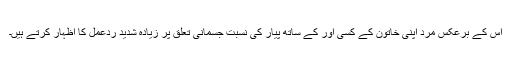
اس کے برعکس مرد اپنی خاتون کے کسی اور کے ساتھ پیار کی نسبت جسمانی تعلق پر زیادہ شدید ردعمل کا اظہار کرتے ہیں۔